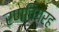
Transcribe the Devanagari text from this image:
रणविग्रह